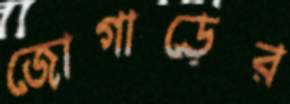
জোগাড়ের